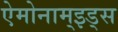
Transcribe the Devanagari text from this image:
ऐमोनाम्‌इड्स